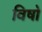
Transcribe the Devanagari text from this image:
विषो